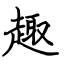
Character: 趣